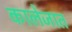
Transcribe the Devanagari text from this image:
कालेजात